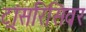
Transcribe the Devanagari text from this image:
ट्रांसरिसिवर